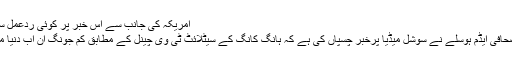
امریکہ کی جانب سے اس خبر پر کوئی ردعمل سامنے نہیں آیا
اب امریکی صحافی ایڈم ہوسلے نے سوشل میڈیا پرخبر چسپاں کی ہے کہ ہانگ کانگ کے سیٹلائٹ ٹی وی چینل کے مطابق کم جونگ ان اب دنیا میں نہیں رہے۔